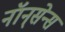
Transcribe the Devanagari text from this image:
नॉन्‌सेन्स